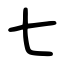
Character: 七